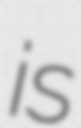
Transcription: is